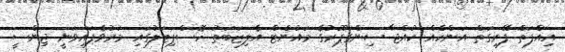
އިއްފަތް ފޭރިގަތް އަންހެއް ކުއްޖާ ސިންގަޕޫރުގެ މައުންޓް އެލިޒަބަތު ހޮސްޕިޓަލުގައި މަރުވެފައިވަނީ ޖިންސީ